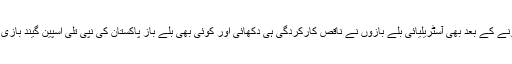
آج آخری دن کا کھیل شروع ہونے کے بعد بھی آسٹریلیائی بلے بازوں نے ناقص کارکردگی ہی دکھائی اور کوئی بھی بلے باز پاکستان کی نپی تلی اسپین گیند بازی کا ڈٹ کر مقابلہ نہیں کرسکا ۔